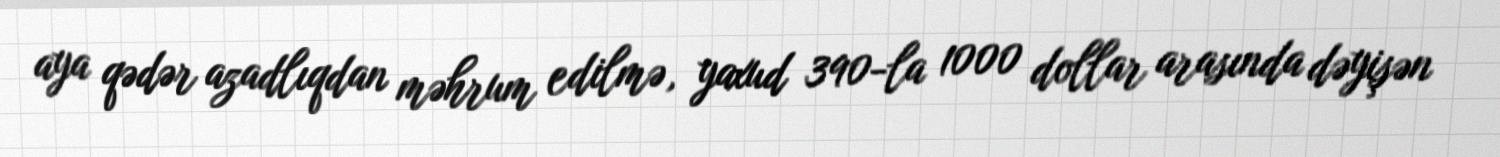
aya qədər azadlıqdan məhrum edilmə, yaxud 390-la 1000 dollar arasında dəyişən